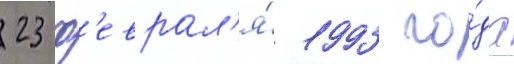
23 ф'еврал'я́ 1993 го́да